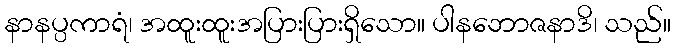
နာနပ္ပကာရံ၊ အထူးထူးအပြားပြားရှိသော။ ပါနဘောဇနာဒိ၊ သည်။